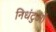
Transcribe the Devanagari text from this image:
निधंटुओं